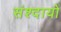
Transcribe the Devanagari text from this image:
संश्दायों